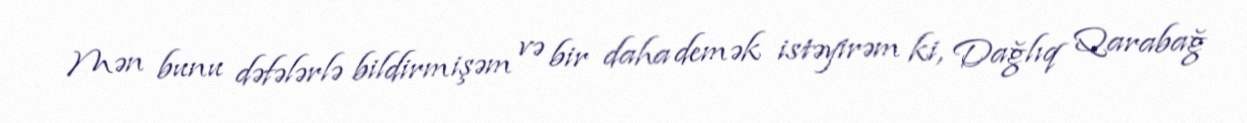
Mən bunu dəfələrlə bildirmişəm və bir daha demək istəyirəm ki, Dağlıq Qarabağ